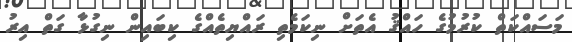
މަސައްކަތް ކުރުމުގެ ހައްޤު އެތަަށް ނިކަމެތި ރައްޔިތެއްގެ ކިބައިން ނިގުޅާ ގަތް އިރު